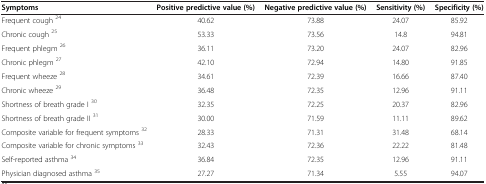
<table><thead><tr><td><b>Symptoms</b></td><td><b>Positive predictive value (%)</b></td><td><b>Negative predictive value (%)</b></td><td><b>Sensitivity (%)</b></td><td><b>Specificity (%)</b></td></tr></thead><tbody><tr><td>Frequent cough <sup>24</sup></td><td>40.62</td><td>73.88</td><td>24.07</td><td>85.92</td></tr><tr><td>Chronic cough <sup>25</sup></td><td>53.33</td><td>73.56</td><td>14.8</td><td>94.81</td></tr><tr><td>Frequent phlegm <sup>26</sup></td><td>36.11</td><td>73.20</td><td>24.07</td><td>82.96</td></tr><tr><td>Chronic phlegm <sup>27</sup></td><td>42.10</td><td>72.94</td><td>14.80</td><td>91.85</td></tr><tr><td>Frequent wheeze <sup>28</sup></td><td>34.61</td><td>72.39</td><td>16.66</td><td>87.40</td></tr><tr><td>Chronic wheeze <sup>29</sup></td><td>36.48</td><td>72.35</td><td>12.96</td><td>91.11</td></tr><tr><td>Shortness of breath grade I <sup>30</sup></td><td>32.35</td><td>72.25</td><td>20.37</td><td>82.96</td></tr><tr><td>Shortness of breath grade II <sup>31</sup></td><td>30.00</td><td>71.59</td><td>11.11</td><td>89.62</td></tr><tr><td>Composite variable for frequent symptoms <sup>32</sup></td><td>28.33</td><td>71.31</td><td>31.48</td><td>68.14</td></tr><tr><td>Composite variable for chronic symptoms <sup>33</sup></td><td>32.43</td><td>72.36</td><td>22.22</td><td>81.48</td></tr><tr><td>Self-reported asthma <sup>34</sup></td><td>36.84</td><td>72.35</td><td>12.96</td><td>91.11</td></tr><tr><td>Physician diagnosed asthma <sup>35</sup></td><td>27.27</td><td>71.34</td><td>5.55</td><td>94.07</td></tr></tbody></table>